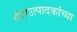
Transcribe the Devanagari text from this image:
संत्राउत्पादकांच्या